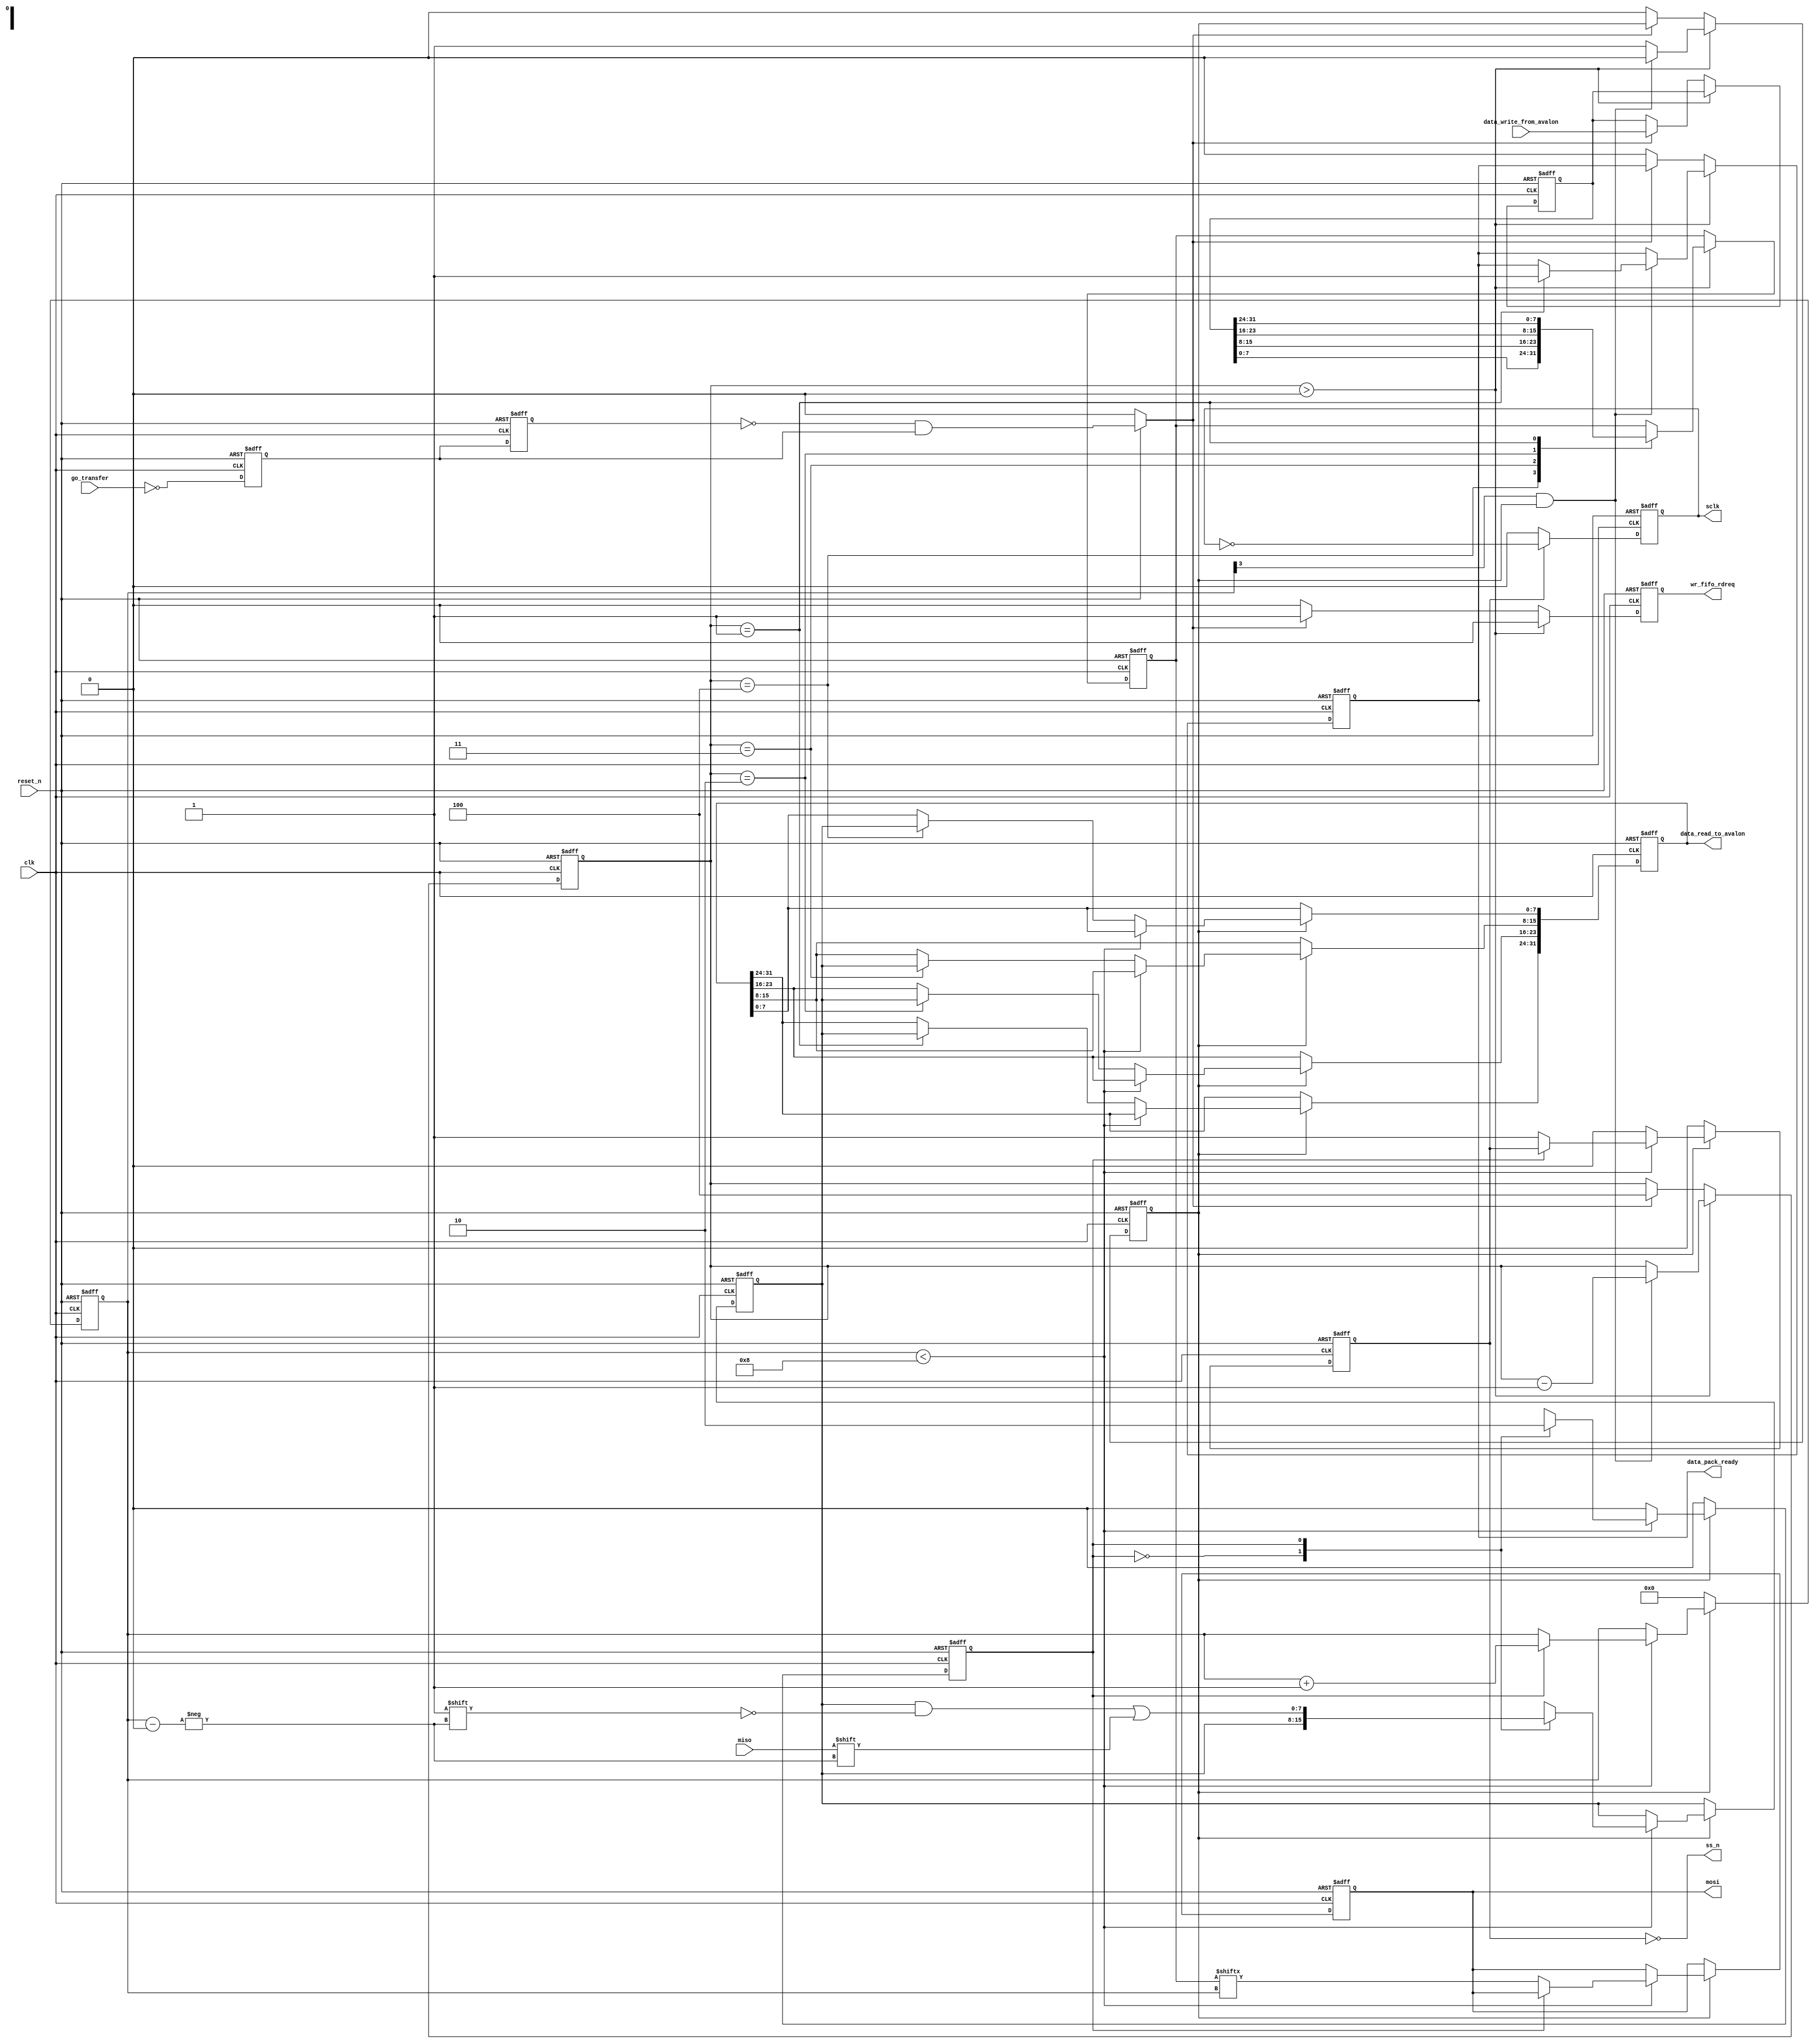
module spi_core (

	clk,reset_n,miso,
	go_transfer,data_write_from_avalon,

	sclk,ss_n,mosi,
	data_read_to_avalon,
	data_pack_ready,
	
	wr_fifo_rdreq
);

// input SPI 
input		clk;
input		reset_n;
input		miso;

// output SPI
output	reg	sclk;
output	wire	ss_n;
output	reg	mosi;

//avalon input
input		go_transfer;
input	[31:0]	data_write_from_avalon;

//avalon output
output	reg [31:0]	data_read_to_avalon;
output	reg			data_pack_ready;

// FIFO
output	wr_fifo_rdreq;

//CPOL = 0 — сигнал синхронизации начинается с низкого уровня;
//CPOL = 1 — сигнал синхронизации начинается с высокого уровня;
//CPHA = 0 — выборка данных производится по переднему фронту сигнала синхронизации;
//CPHA = 1 — выборка данных производится по заднему фронту сигнала синхронизации.
//
//Для обозначения режимов работы интерфейса SPI принято следующее соглашение: 
//режим 0 (CPOL = 0, CPHA = 0);
//режим 1 (CPOL = 0, CPHA = 1);
//режим 2 (CPOL = 1, CPHA = 0);
//режим 3 (CPOL = 1, CPHA = 1).



//режим 0 (CPOL = 0, CPHA = 0);
//CPOL = 0 — сигнал синхронизации начинается с низкого уровня;
//CPHA = 0 — выборка данных производится по переднему фронту сигнала синхронизации;


wire transfer_complete;
assign transfer_complete = (cnt_bit [3]) & (flag_transfer);

reg	ss;	

/////////////////////////////////////
assign ss_n = ~ss;
////////////////////////

reg	[31:0]	data_write;
reg	[2:0]		cnt_transfer;
reg	[7:0]		data_spi_write;
reg	flag_transfer;
reg	wr_fifo_rdreq;

always @(posedge clk or negedge reset_n)
		begin
			if(reset_n == 0)
				begin
					flag_transfer <= 1'b0;
					data_write <= 32'b0;
					cnt_transfer <= 3'b0;
					data_spi_write <= 8'b0;
					data_pack_ready <= 1'b0;
					wr_fifo_rdreq <= 1'b0;
				end
			else
				begin
					if (cnt_transfer > 3'b0)
						begin
							wr_fifo_rdreq <= 1'b0;
							if(transfer_complete == 1'b1)
								begin
									flag_transfer <= 1'b0;
									cnt_transfer <= cnt_transfer - 1'b1;
									if(cnt_transfer == 3'b1)
										begin
											data_pack_ready <= 1'b1;// pa4ka dannih gotova
										end
								end
							else
								begin
									flag_transfer <= 1'b1;
								end
							case(cnt_transfer)
									3'd4:
										data_spi_write[7:0] <= data_write[7:0];
									3'd3:
										data_spi_write[7:0] <= data_write[15:8];
									3'd2:
										data_spi_write[7:0] <= data_write[23:16];
									3'd1:
										data_spi_write[7:0] <= data_write[31:24];
								endcase
						end
					else if (set_up_transfer == 1'b1)
						begin
//							flag_transfer <= 1'b1; mogno i tak diagramma sdvinetsia na takt v levo. nado li tak??
							data_write <= data_write_from_avalon;
							cnt_transfer <= 3'd4;
							wr_fifo_rdreq <= 1'b1;
						end
					else
						begin
							flag_transfer <= 1'b0;
							data_pack_ready <= 1'b0;
							wr_fifo_rdreq <= 1'b0;
						end
						
				end
		end
		
			
//reg	set_up_transfer;	
//
//always @ (posedge clk or negedge reset_n)
//	begin
//		set_up_transfer <= (reset_n == 1'b0)?(1'b0):(~go_transfer);
//	end
	
	
	
reg	delay_go_transfer_1;
reg	delay_go_transfer_2;

always @(posedge clk or negedge reset_n)
	begin
		if(reset_n == 1'b0)
			begin
				delay_go_transfer_1 <= 1'b0;
				delay_go_transfer_2 <= 1'b0;
			end
		else
			begin
				delay_go_transfer_1 <= ~go_transfer;
				delay_go_transfer_2 <= delay_go_transfer_1;
			end
	end

wire	set_up_transfer;
assign set_up_transfer = (reset_n == 0) ? (1'b0) : (~delay_go_transfer_2 & delay_go_transfer_1);

	
		
always @ (posedge clk or negedge reset_n)
	begin
		if(reset_n == 1'b0)
			begin
				sclk <= 1'b0;
			end
		else
			begin
			  if (ss == 1'b1)
				  sclk <= ~sclk;
				 else
				   sclk <= 1'b0;
			end
	end
	



reg	[7:0]	data_spi_read;
reg	[3:0]	cnt_bit;

reg	takt_transfer;
reg	go_write;
reg	go_read;
//reg	ss;
//

always @(posedge clk or negedge reset_n)
	begin
		if(reset_n == 0)
			begin
				//obnuliaem
				ss	<= 1'b0;
				mosi <= 1'b0;
				data_spi_read <= 8'b0;
				cnt_bit <= 4'b0;
				takt_transfer <= 1'b0;
				data_read_to_avalon <= 32'b0;
			end
		else
			begin
			//write or read
				if(flag_transfer == 1'b1)
					begin
						if (cnt_bit < 4'd8)
							begin
								case(takt_transfer)
								1'b0:	// 1 takt 
									begin
										ss	<= 1'b1;
										mosi <= data_spi_write[cnt_bit];
										takt_transfer <= 1'b1;
									end
								1'b1:	// 2 takt
									begin
										data_spi_read[cnt_bit] <= miso;
										cnt_bit <= cnt_bit + 1'b1;
										takt_transfer <= 1'b0;
									end
								endcase
							end
						else
							begin
								ss <= 1'b0;
								takt_transfer <= 1'b0;
								case(cnt_transfer)
									3'd4:
										data_read_to_avalon[7:0] <= data_spi_read[7:0];
									3'd3:
										data_read_to_avalon[15:8] <= data_spi_read[7:0];
									3'd2:
										data_read_to_avalon[23:16] <= data_spi_read[7:0];
									3'd1:
										data_read_to_avalon[31:24] <= data_spi_read[7:0];
								endcase
							end
					end
			//edle
				else
					begin
						ss <= 1'b0;
						cnt_bit 	<= 4'b0;
						takt_transfer <= 1'b0;
					end
			end
		//
	end
	

endmodule